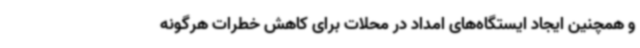
و همچنین ایجاد ایستگاه‌های امداد در محلات برای کاهش خطرات هرگونه